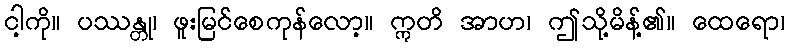
ငါ့ကို။ ပဿန္တု၊ ဖူးမြင်စေကုန်လော့။ ဣတိ အာဟ၊ ဤသို့မိန့်၏။ ထေရော၊